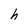
Character: h